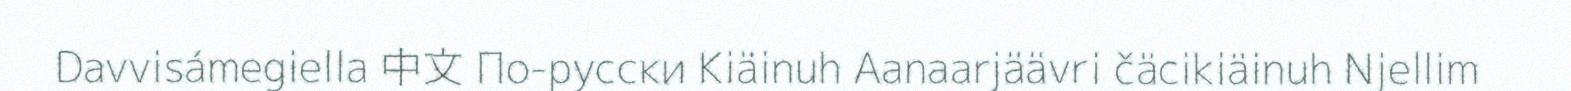
Davvisámegiella 中文 По-русски Kiäinuh Aanaarjäävri čäcikiäinuh Njellim